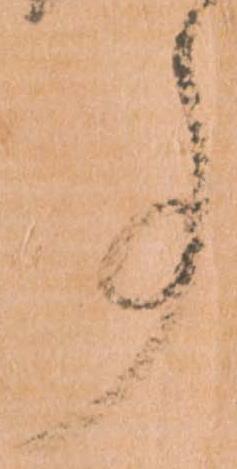
事